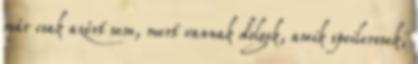
már csak azért sem, mert vannak dolgok, amik spoileresek,